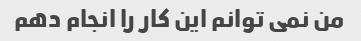
من نمی توانم این کار را انجام دهم